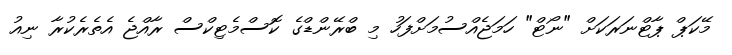
މޭކަޕް ޕާޓްނަރަކަށް "ނޯޓް" ހަމަޖެއްސުމަށްފަހު މި ބްރޭންޑްގެ ކޮސްމެޓިކްސް ރާއްޖެ އެތެރެކުރާ ނިއު